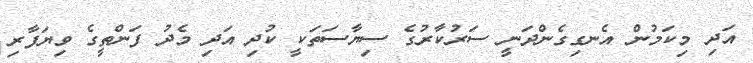
އަދި މިކަމުން އެނގިގެންދަނީ ސަރުކާރުގެ ސިޔާސަތަކީ ކުދި އަދި މެދު ފަންތީގެ ވިޔަފާރި